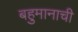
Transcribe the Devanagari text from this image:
बहुमानाची